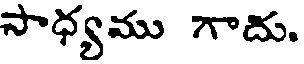
సాధ్యము గాదు.